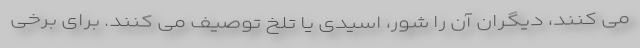
می کنند، دیگران آن را شور، اسیدی یا تلخ توصیف می کنند. برای برخی